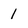
Character: 1